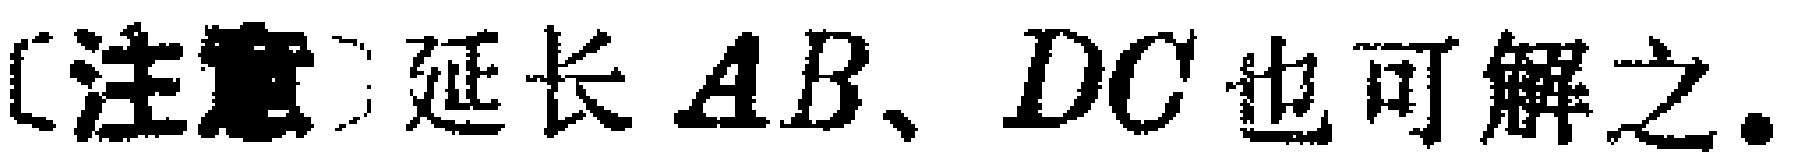
[注意] 延长 \(AB、DC\) 也可解之.